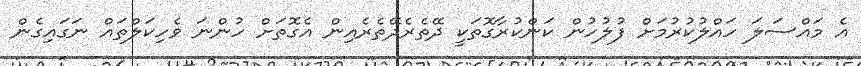
އެ މައްސަލަ ހައްލުކުރުމަށް ފުލުހުން ކަންކުރާގޮތަކީ ދޭތެރެދޭތެރެއިން އެގޮތަށް ހުންނަ ވެހިކަލްތައް ނަގައިގެން